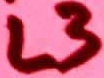
Text: L3